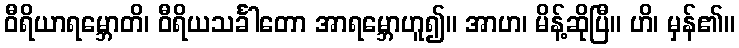
ဝီရိယာရမ္ဘောတိ၊ ဝီရိယသင်္ခါတော အာရမ္ဘောဟူ၍။ အာဟ၊ မိန့်ဆိုပြီ။ ဟိ၊ မှန်၏။